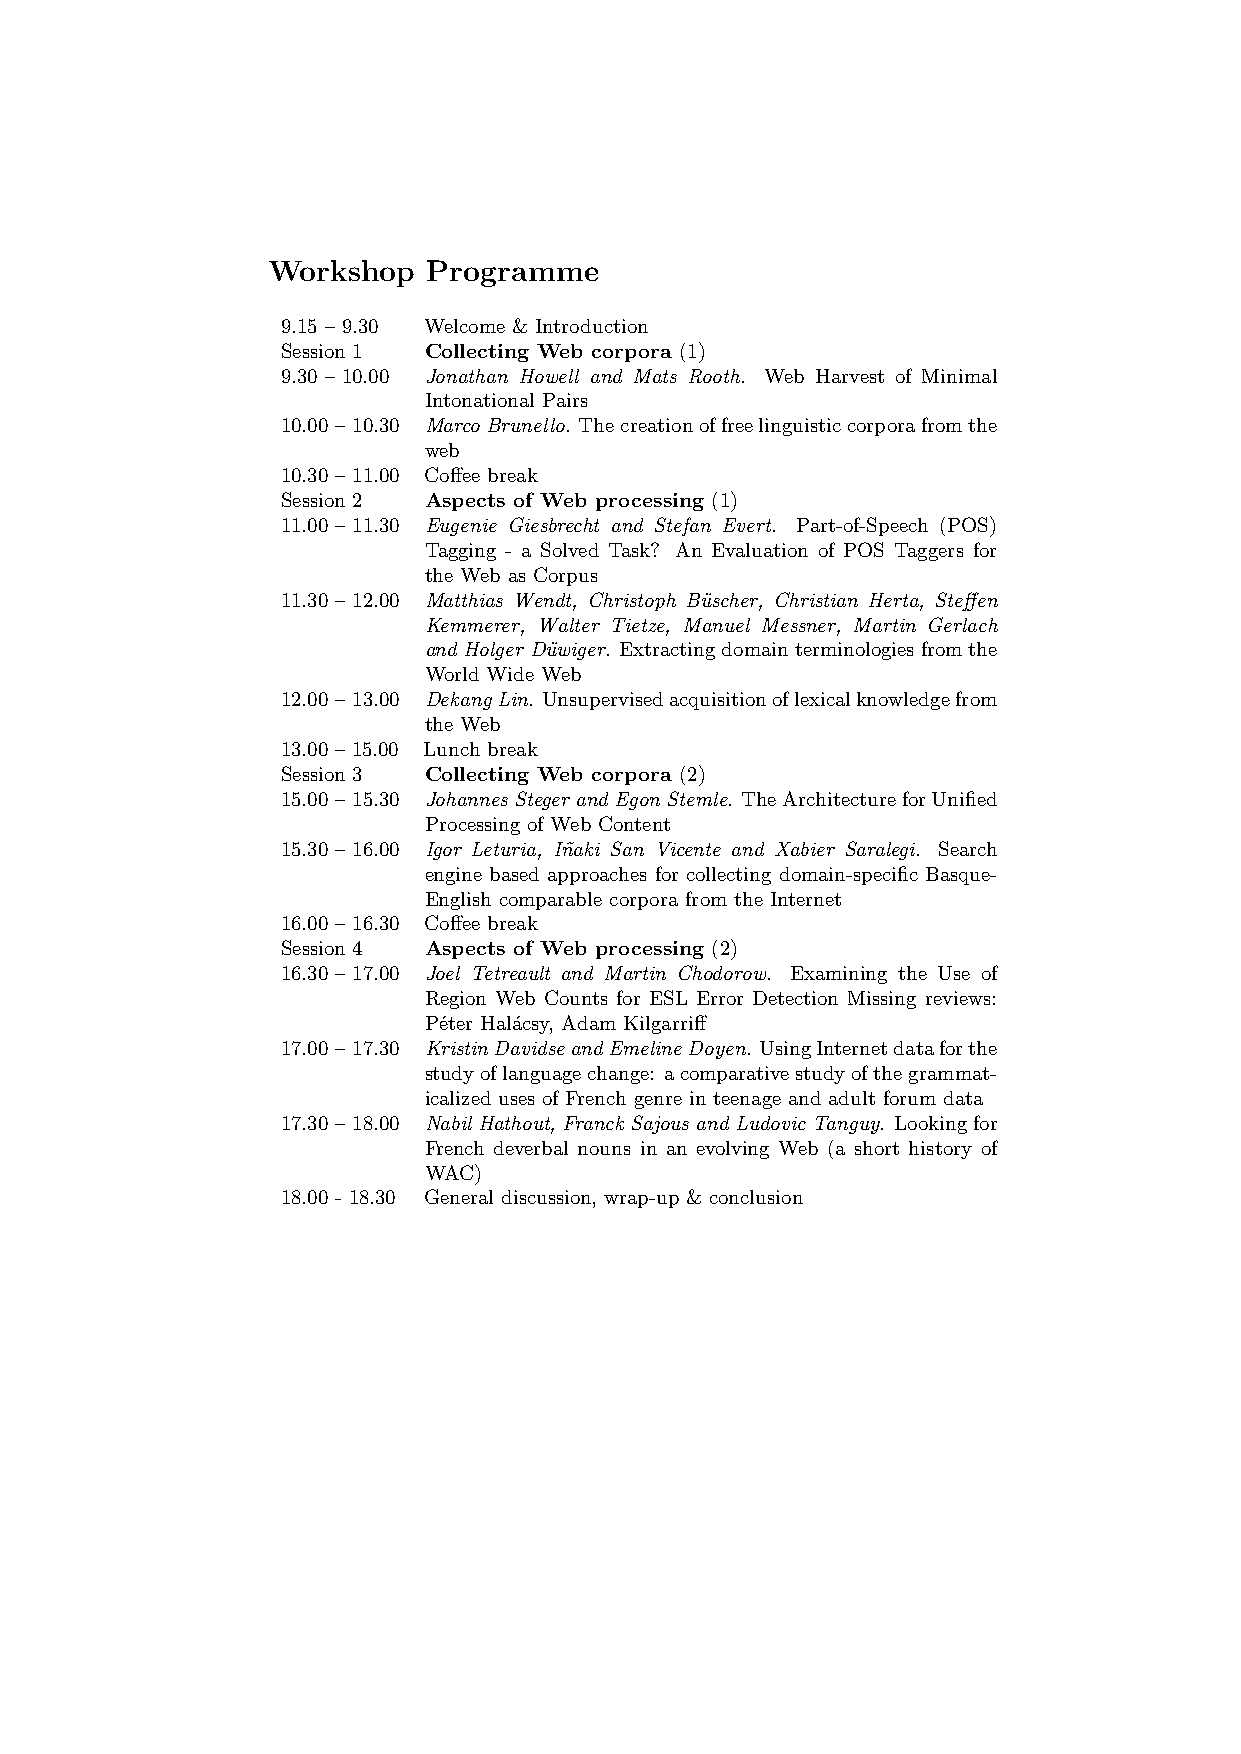
Workshop  Programme
 9.15 – 9.30 Welcome & Introduction
 Session 1 Collecting Web corpora (1)
 9.30 – 10.00 Jonathan Howell and Mats Rooth. Web Harvest of Minimal
 Intonational Pairs
 10.00 – 10.30 MarcoBrunello. Thecreationoffreelinguisticcorporafromthe
 web
 10.30 – 11.00 Coffee break
 Session 2 Aspects of Web processing (1)
 11.00 – 11.30 Eugenie Giesbrecht and Stefan Evert. Part-of-Speech (POS)
 Tagging - a Solved Task? An Evaluation of POS Taggers for
 the Web as Corpus
 11.30 – 12.00 Matthias Wendt, Christoph Bu¨scher, Christian Herta, Steffen
 Kemmerer, Walter Tietze, Manuel Messner, Martin Gerlach
 and Holger Du¨wiger. Extractingdomainterminologiesfromthe
 World Wide Web
 12.00 – 13.00 DekangLin. Unsupervisedacquisitionoflexicalknowledgefrom
 the Web
 13.00 – 15.00 Lunch break
 Session 3 Collecting Web corpora (2)
 15.00 – 15.30 JohannesStegerandEgonStemle. TheArchitectureforUnified
 Processing of Web Content
 15.30 – 16.00 Igor Leturia, In˜aki San Vicente and Xabier Saralegi. Search
 engine based approaches for collecting domain-specific Basque-
 English comparable corpora from the Internet
 16.00 – 16.30 Coffee break
 Session 4 Aspects of Web processing (2)
 16.30 – 17.00 Joel Tetreault and Martin Chodorow. Examining the Use of
 Region Web Counts for ESL Error Detection Missing reviews:
 P´eter Hal´acsy, Adam Kilgarriff
 17.00 – 17.30 KristinDavidseandEmelineDoyen. UsingInternetdataforthe
 studyoflanguagechange: acomparativestudyofthegrammat-
 icalized uses of French genre in teenage and adult forum data
 17.30 – 18.00 Nabil Hathout, Franck Sajous and Ludovic Tanguy. Lookingfor
 French deverbal nouns in an evolving Web (a short history of
 WAC)
 18.00 - 18.30 General discussion, wrap-up & conclusion